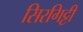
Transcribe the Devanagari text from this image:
सिरगिट्टी